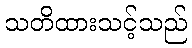
သတိထားသင့်သည်